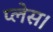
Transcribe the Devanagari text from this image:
प्‍लेस।